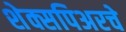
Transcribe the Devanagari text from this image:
शेक्सपिअरचे